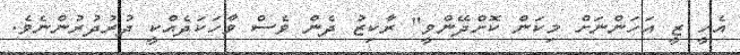
އެހީ ޒީ އަހަންނަށް މިކަން ކޮށްދޭންވީ" ރާކިޒު ދެން ވެސް ވާހަކަދެއްކީ ދުރުދުރުންނެވެ.